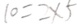
1 0 = 2 \times 5